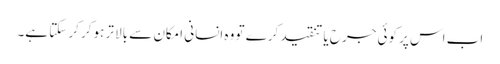
اب اس پر کوئی جرح یا تنقید کرے تو وہ انسانی امکان سے بالا تر ہوکر کر سکتا ہے۔